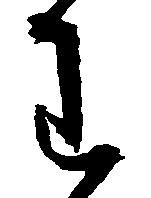
わ